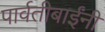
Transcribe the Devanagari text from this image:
पार्वतीबाईंनी